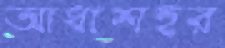
আধাশহর